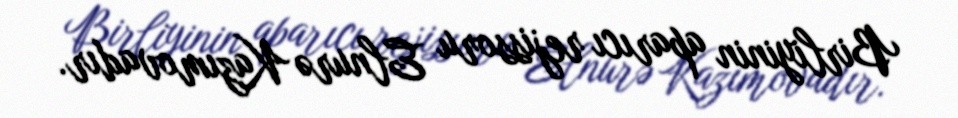
Birliyinin aparıcı rejissoru Elnurə Kazımovadır.